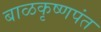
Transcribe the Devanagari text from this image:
बाळकृष्णपंत